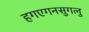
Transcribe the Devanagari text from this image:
हगएगनसुगलु